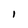
Character: I